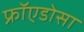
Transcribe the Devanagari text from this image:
फ्रॉएडोसा